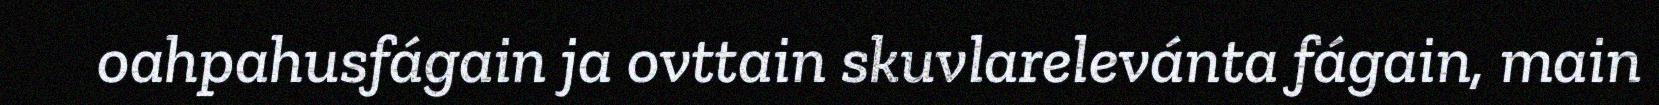
oahpahusfágain ja ovttain skuvlarelevánta fágain, main